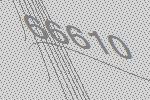
66610